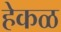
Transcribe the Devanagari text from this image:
हेकळ